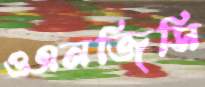
ওএনজিসি